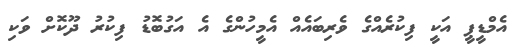
އެމްޑީޕީ އަކީ ފިކުރެއްގެ ވެރިބައެއް އެމީހުންގެ އެ އަގުބޮޑު ފިކުރު ދޫކޮށް ވަކި